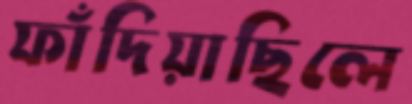
ফাঁদিয়াছিলে